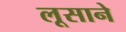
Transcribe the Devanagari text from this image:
लूसाने